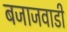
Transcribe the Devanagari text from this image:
बजाजवाडी